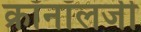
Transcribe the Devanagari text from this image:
क्रॉनॉलजी